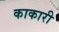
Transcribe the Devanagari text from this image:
काकारी